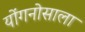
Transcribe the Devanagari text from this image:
योंगनोसाला